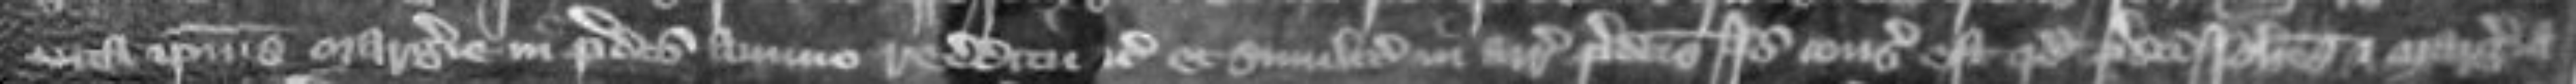
vita ipsius Margerie in predicto annuo redditu etc et similiter in arreragiis predictis Ideo consideratum est quod predicti Johannes et Margeria